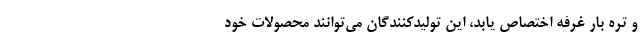
و تره بار غرفه اختصاص یابد، این تولیدکنندگان می‌توانند محصولات خود